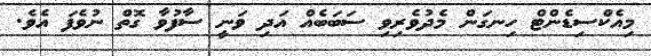
މިއެކްސިޑެންޓް ހިނގަން މެދުވެރިވި ސަބަބެއް އަދި ވަނީ ސާފުވާ ގޮތް ނުވެފަ އެވެ.